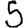
Digit: 5